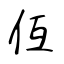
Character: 仾